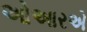
ઓઆરએ